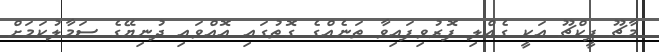
މާޗޫ ޕީކްޗޫ އަކީ ގެއްލި ފޮރުވިފައިވާ ތަނެއްގެ ގޮތުގައި އޮއްވައި ދުނިޔޭގެ ސަމާލުކަމަށް